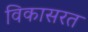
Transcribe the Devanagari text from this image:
विकासरत